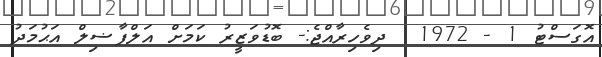
އޮގަސްޓު 1 - 1972  ދިވެހިރާއްޖެ:- ބޮޑުވަޒީރު ކަމަށް އަލްފާޟިލް އަޙުމަދު